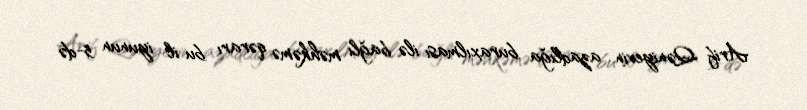
Arif Qəniyevin azadlığa buraxılması ilə bağlı məhkəmə qərarı bu il iyunun 5-də